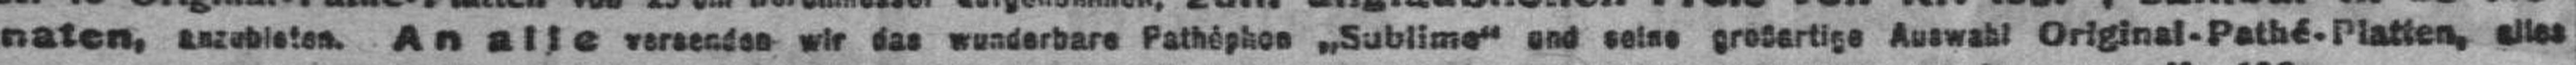
naten, anzubieten. An alle versenden wir das wunderbare Pathéphon „Sublime“ und seine großartige Auswahl Original-Pathé-Platten, alles